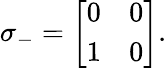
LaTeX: \sigma_{-}=\left[\begin{array}{ll}{0}&{0}\\ {1}&{0}\end{array}\right].